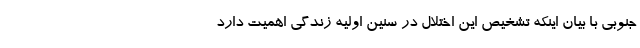
جنوبی با بیان اینکه تشخیص این اختلال در سنین اولیه زندگی اهمیت دارد